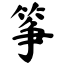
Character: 筝